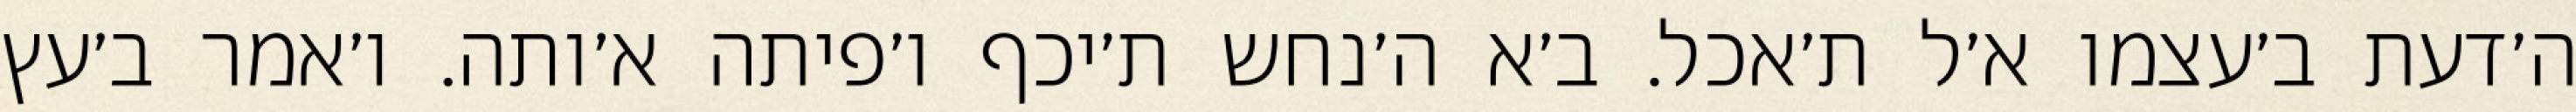
ה׳דעת ב׳עצמו א׳ל ת׳אכל. ב׳א ה׳נחש ת׳יכף ו׳פיתה א׳ותה. ו׳אמר ב׳עץ